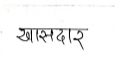
मजकूर: खासदार